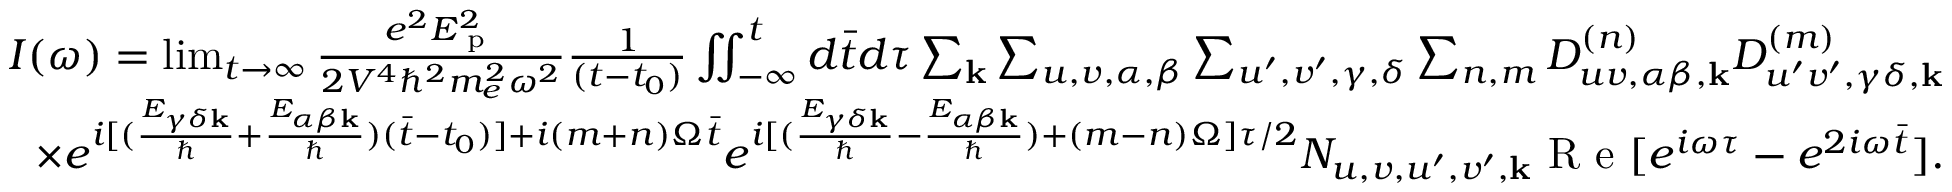
\begin{array} { r } { I ( \omega ) = \operatorname* { l i m } _ { t \rightarrow \infty } \frac { e ^ { 2 } E _ { \textrm { p } } ^ { 2 } } { 2 V ^ { 4 } \hbar ^ { 2 } m _ { e } ^ { 2 } \omega ^ { 2 } } \frac { 1 } { ( t - t _ { 0 } ) } \iint _ { - \infty } ^ { t } d \bar { t } d \tau \sum _ { \mathbf { k } } \sum _ { u , v , \alpha , \beta } \sum _ { u ^ { \prime } , v ^ { \prime } , \gamma , \delta } \sum _ { n , m } D _ { u v , \alpha \beta , \mathbf { k } } ^ { ( n ) } D _ { u ^ { \prime } v ^ { \prime } , \gamma \delta , \mathbf { k } } ^ { ( m ) } } \\ { \times e ^ { i [ ( \frac { E _ { \gamma \delta \mathbf { k } } } { \hbar } + \frac { E _ { \alpha \beta \mathbf { k } } } { \hbar } ) ( \bar { t } - t _ { 0 } ) ] + i ( m + n ) \Omega \bar { t } } e ^ { i [ ( \frac { E _ { \gamma \delta \mathbf { k } } } { \hbar } - \frac { E _ { \alpha \beta \mathbf { k } } } { \hbar } ) + ( m - n ) \Omega ] \tau / 2 } N _ { u , v , u ^ { \prime } , v ^ { \prime } , \mathbf { k } } \textrm { R e } [ e ^ { i \omega \tau } - e ^ { 2 i \omega \bar { t } } ] . } \end{array}